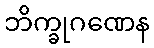
ဘိက္ခုဂဏေန